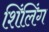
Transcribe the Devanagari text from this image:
शिंलिंग